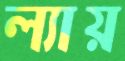
ল্যায়